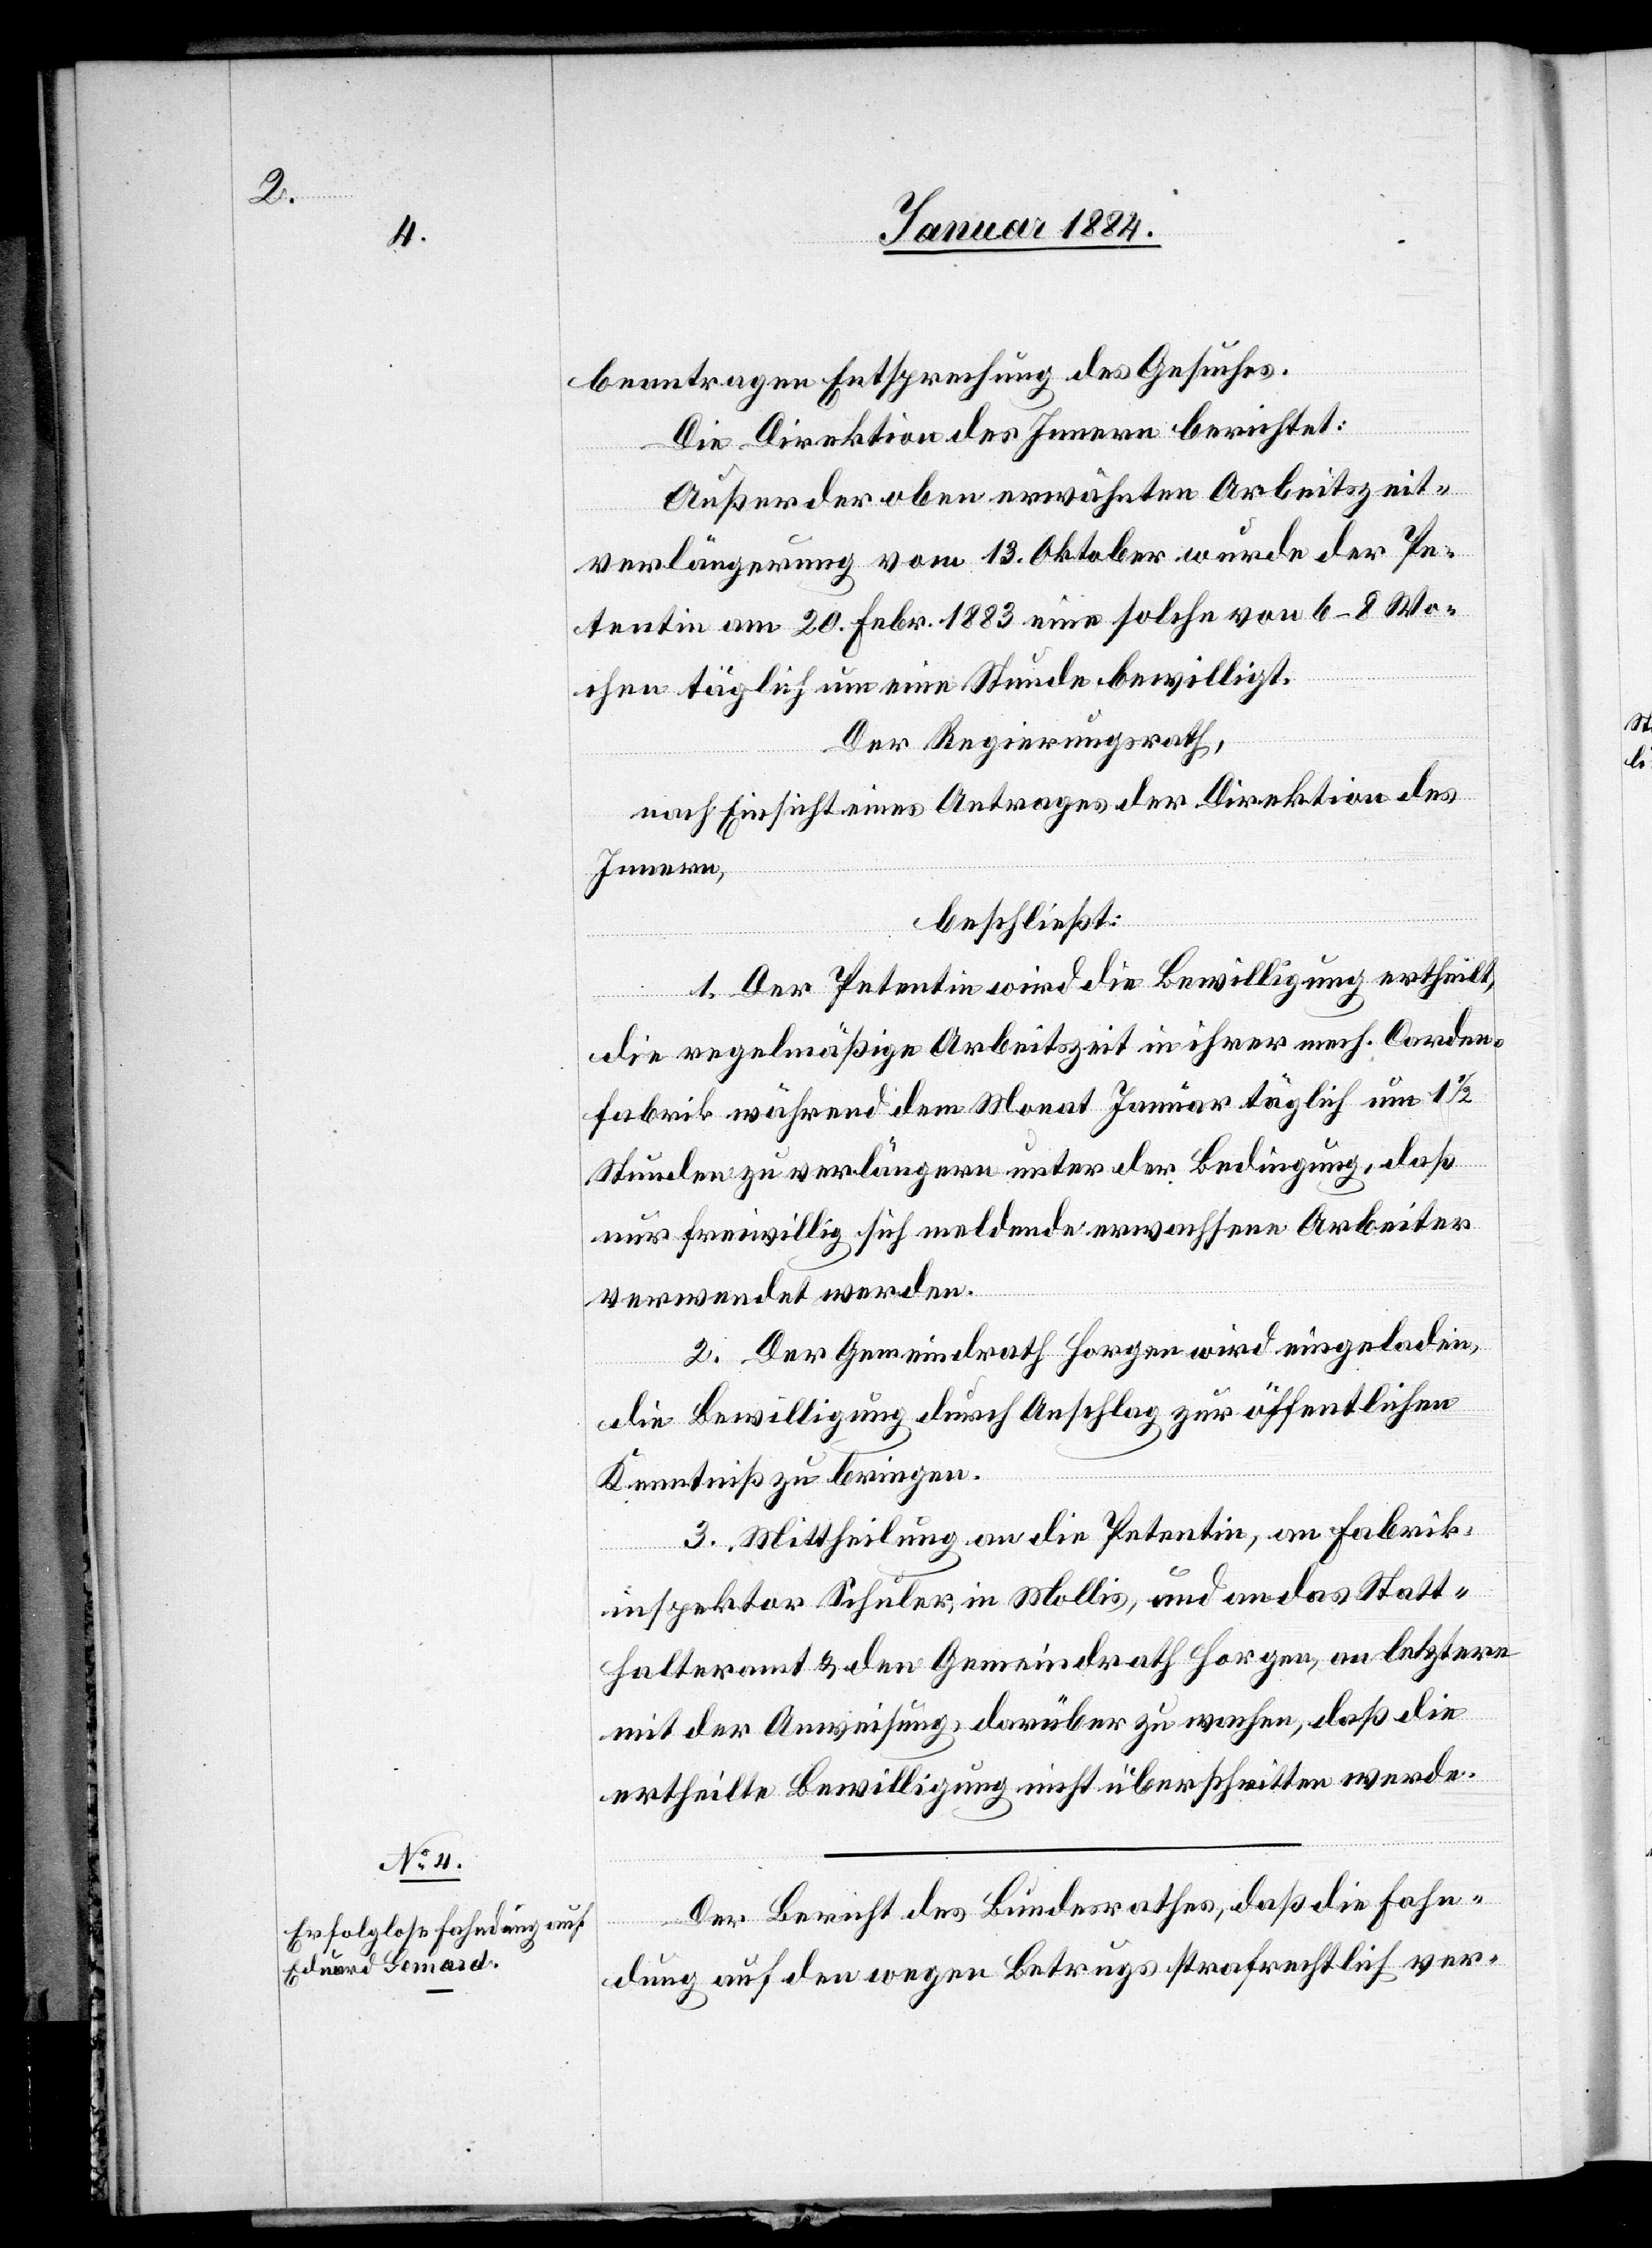
4.

Januar 1884.]
beantragen Entsprechung des Gesuches.
Die Direktion des Innern berichtet:
Außer der oben erwähnten Arbeitszeit¬
verlängerung vom 13. Oktober wurde der Pe¬
tentin am 20. Febr. 1883 eine solche von 6–8 Wo¬
chen täglich um eine Stunde bewilligt.
Der Regierungsrath,
nach Einsicht eines Antrages der Direktion des
Innern,
beschließt:
1. Der Petentin wird die Bewilligung ertheilt,
die regelmäßige Arbeitszeit in ihrer mech. Corden¬
fabrik während dem Monat Januar täglich um 1 1/2
Stunden zu verlängern unter der Bedingung, daß
nur freiwillig sich meldende erwachsene Arbeiter
verwendet werden.
2. Der Gemeindrath Horgen wird eingeladen,
die Bewilligung durch Anschlag zur öffentlichen
Kenntniß zu bringen.
3. Mittheilung an die Petentin, an Fabrik¬
inspektor Schuler, in Mollis, und an das Statt¬
halteramt & den Gemeindrath Horgen, an letztern
mit der Anweisung, darüber zu wachen, daß die
ertheilte Bewilligung nicht überschritten werde.
Der Bericht des Bundesrathes, daß die Fahn¬
dung auf den wegen Betrugs strafrechtlich ver-